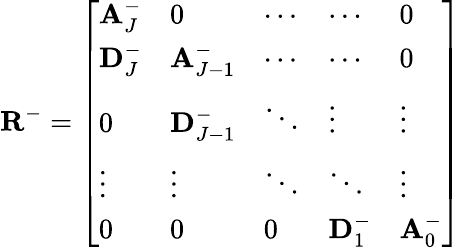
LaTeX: \mathbf{R}^{-}=\left[\begin{array}{lllll}{\mathbf{A}_{J}^{-}}&{0}&{\cdots}&{\cdots}&{0}\\ {\mathbf{D}_{J}^{-}}&{\mathbf{A}_{J-1}^{-}}&{\cdots}&{\cdots}&{0}\\ {0}&{\mathbf{D}_{J-1}^{-}}&{\ddots}&{\vdots}&{\vdots}\\ {\vdots}&{\vdots}&{\ddots}&{\ddots}&{\vdots}\\ {0}&{0}&{0}&{\mathbf{D}_{1}^{-}}&{\mathbf{A}_{0}^{-}}\end{array}\right]